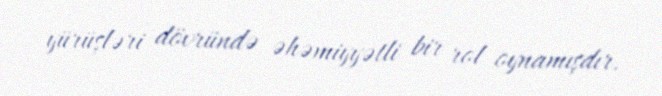
yürüşləri dövründə əhəmiyyətli bir rol oynamışdır.